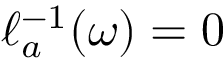
\ell _ { a } ^ { - 1 } ( \omega ) = 0